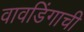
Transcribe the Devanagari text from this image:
वावडिंगाची